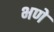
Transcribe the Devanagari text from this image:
भणे